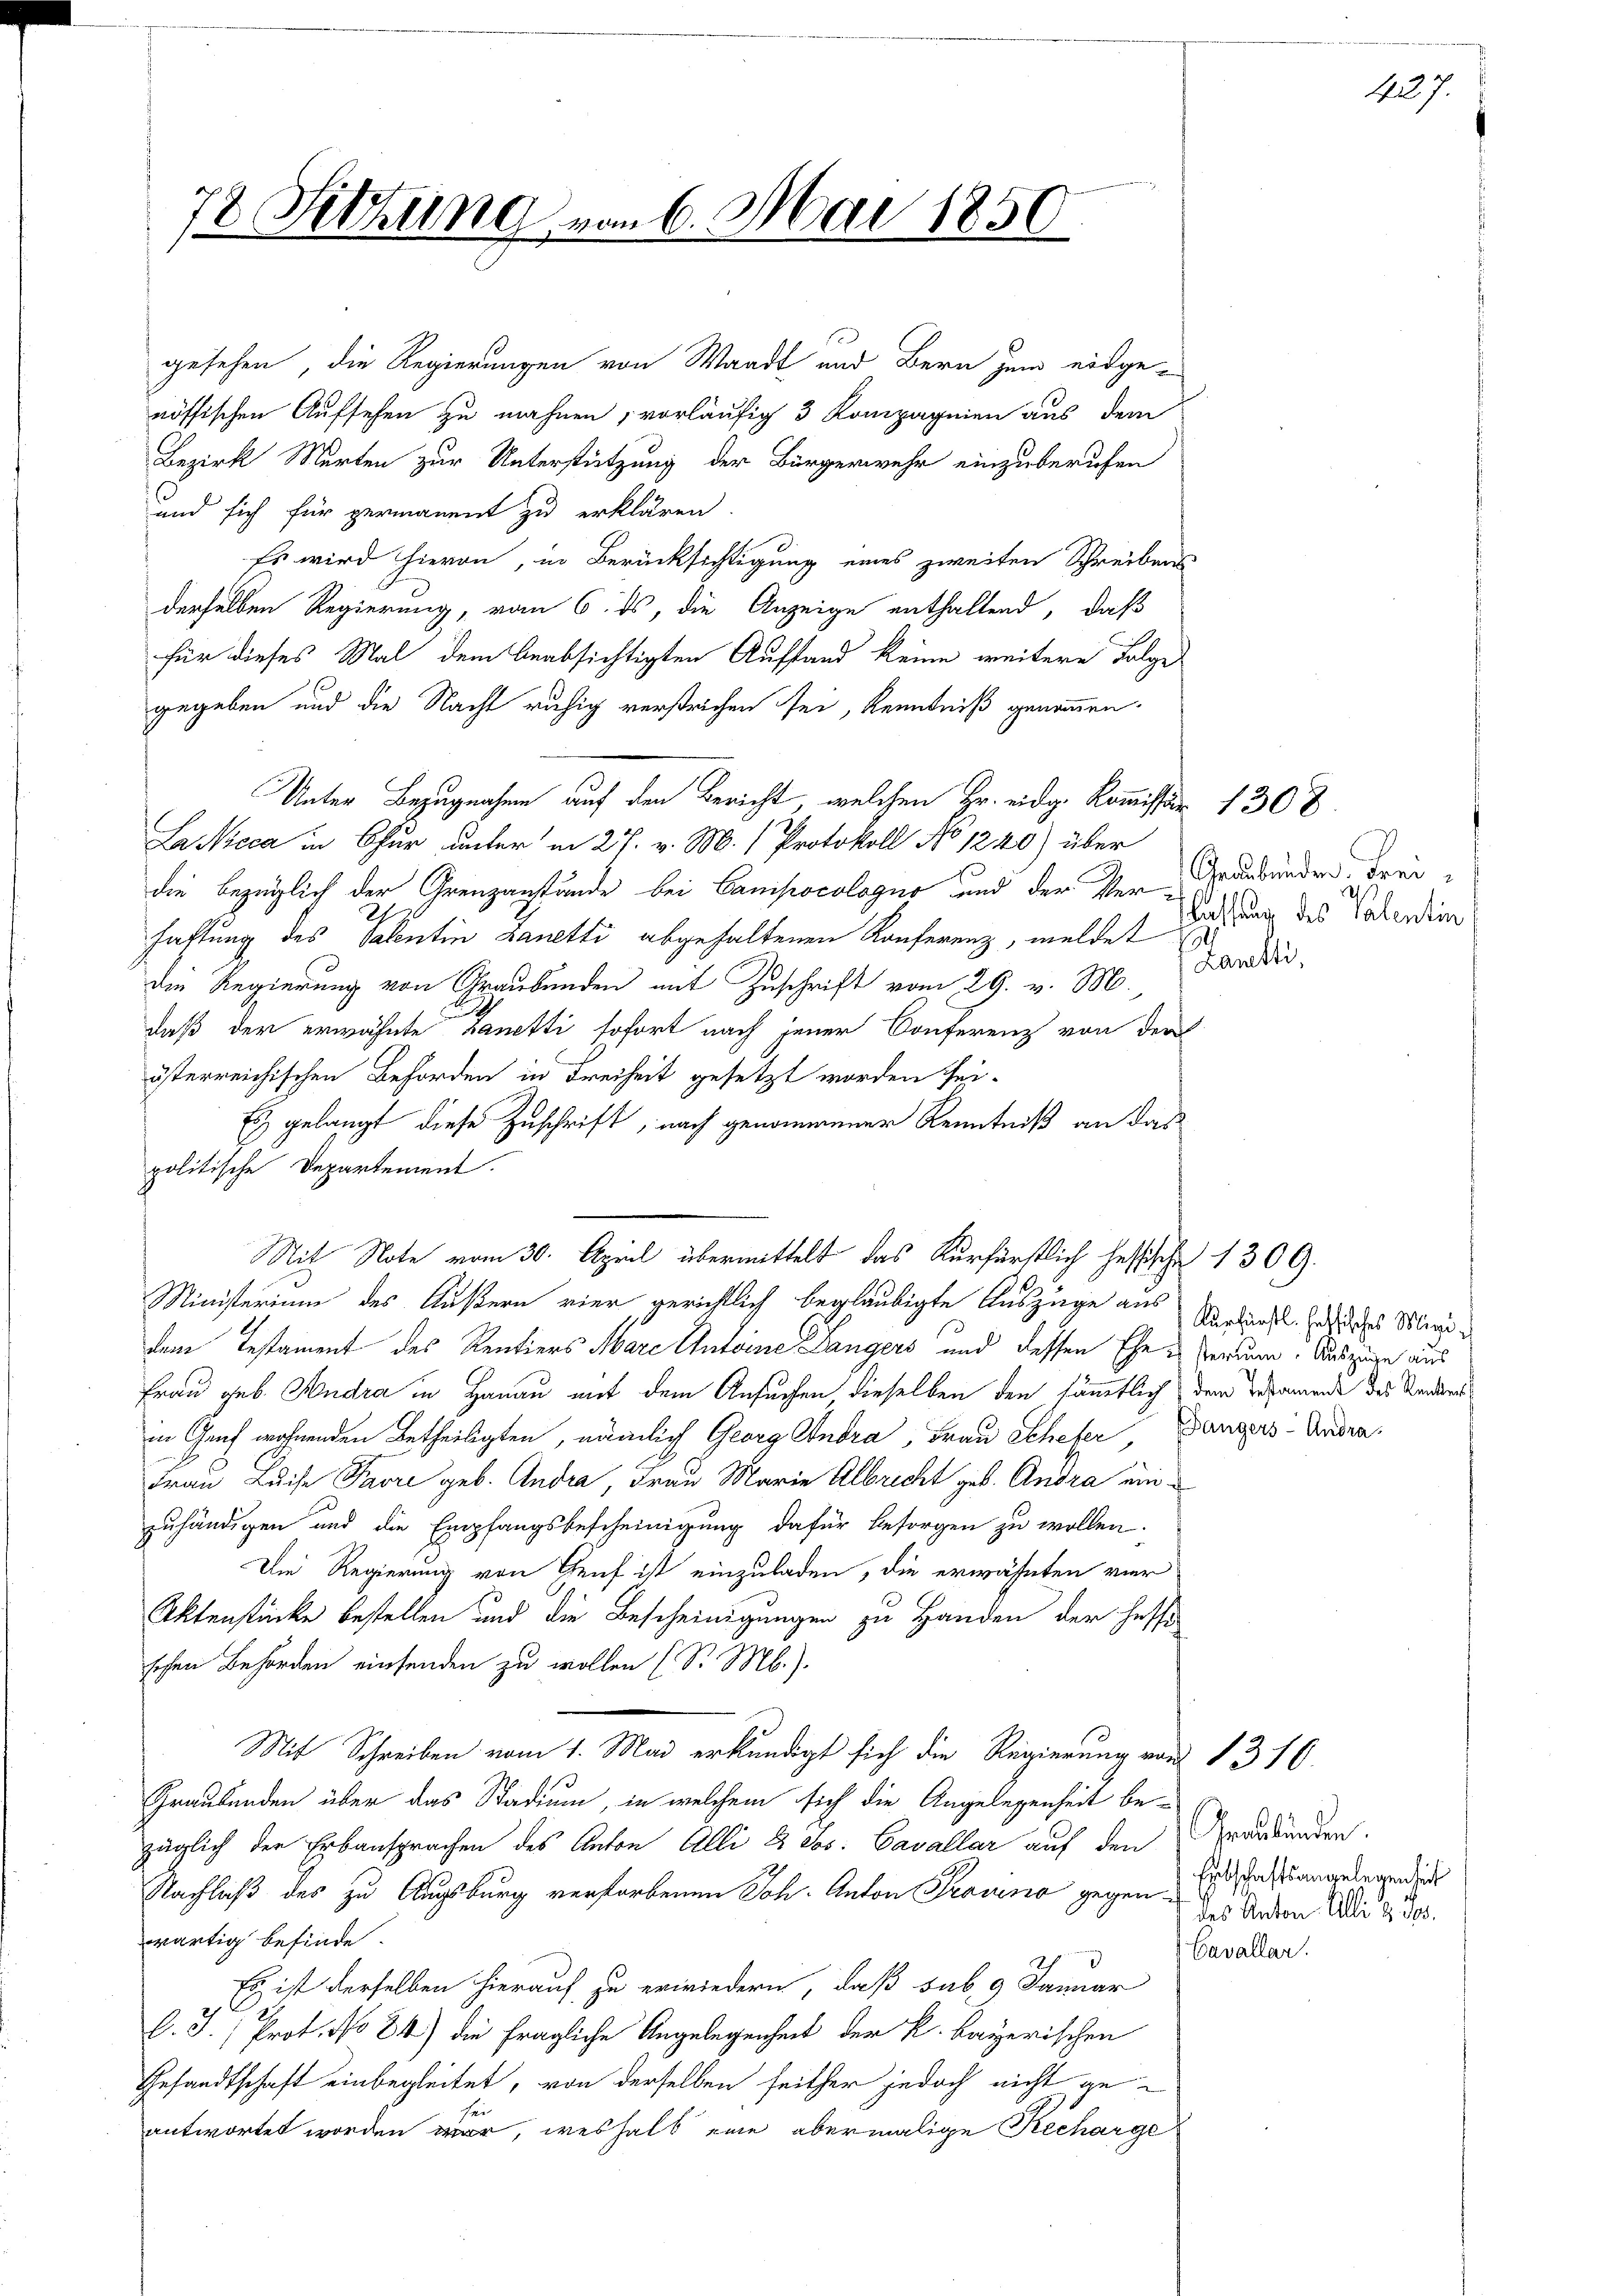
72 Sitzung

vom 6. Mai 1850

gesehen, die Regierungen von Waadt und Bern zum eidge
nössischen Aufsehen zu mahnen, vorläufig 3 Kompagnien aus dem
Bezirk Marten zur Unterstützung der Bürgerwehr einzuberufen
und sich für germanent zu erklären
Es wird hievon, in Berücksichtigung eines zweiten Schreibens
derselben Regierung, vom 6. ds, die Anzeige enthaltend, daß
für dieses Mal dem beabsichtigten Aufstand keine weitere Folge
gegeben und die Nacht ruhig verstrichen sei, Kenntniß genommen.
Unter Bezugnahme auf den Bericht, welchen Hr. eidg. Kommission 1308
La Neca in Chur unter in 27. v. M. Protokoll No 1240) über
die bezüglich der Grenzanstände bei Campocalogus und der Ver-Graubünden. Frei
2
haftung des Valentin Lanetti abgehaltenen Konferenz, meldet
die Regierung von Graubünden mit Zuschrift vom 29. v. M.,
daß der erwähnte Zanetti sofort nach jener Conferenz von der
österreichischen Behörden in Freiheit gesetzt worden sei.
Es gelangt diese Zuschrift, nach genommener Kenntniß an das
politische Departement.
d
Ministerium des Äußern vier gerichtlich beglaubigte Auszüge aus
dem Testament des Kentiers Mare Anteine Langers und dessen Ehe u Verlum. Auszuge aus
Frau geb. Hudra in Hanau mit dem Ansuchen dieselben den sämmtlich dem Testamende des Kander
in Genf wohnenden Betheiligten, nämlich Georg Andra, Frau Schefer, Ganzers Andra¬
Frau Luise Prore geb. Andra, Frau Marie Albrecht geb. Andra einzuhändigen und die Empfangsbescheinigung dafür besorgen zu wollen.
Die Regierung von Genf ist einzuladen, die erwähnten vier
Aktenstücke bestellen und die Bescheinigungen zu Handen der heffe
schen Behörden einsenden zu wollen (S. Mb.).
Mit Schreiben vom 1. Mai erkundigt sich die Regierung von 1316
Graubünden über das Stadium, in welchem sich die Angelegenheit bezüglich der Erbansprachen des Anton Alli & Jos. Cavallar auf den Graubünden.
Nachlaß des zu Augsburg verforbenen Joh. Anton Trauna gegen Erst es angelegende
wärtig befinde.
Es ist derselben hierauf zu erwiedern, daß sub. 9 Januar
l. J. Prot. No 84) die fragliche Angelegenheit der k. bayerischen
Gesandtschaft einbegleitet, von derselben seither jedoch nicht geantwortet worden war, weshalb eine abermalige Recharge

Nit Note vom 30. April übermittelt das Kurfürstlich heftische 1309.

assung des Talentin
Lanetti,

427.

Kurfürstl. festisches Mini¬

des Anton Alli & i
Cavallar.